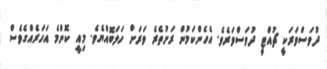
ދުވަސްވަރަކީ ޗުއްޓީ ދުވަސްވަރެވެ. އެހެންކަމުން ރަށުތެރެ ވަރަށް ހަލަބޮއްޔެވެ. މިއީ ކޮންމެ އަހަރެއްގެވެސް